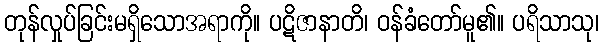
တုန်လှုပ်ခြင်းမရှိသောအရာကို။ ပဋိဇာနာတိ၊ ဝန်ခံတော်မူ၏။ ပရိသာသု၊